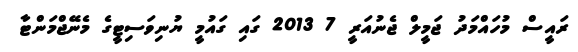
ރައީސް މުހައްމަދު ޖަމީލް ޖެނުއަރީ 7 2013 ގައި ގައުމީ ޔުނިވަސިޓީގެ މެނޭޖްމަންޓާ